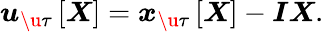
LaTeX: \boldsymbol{u}_{\u{\tau}}\left[\boldsymbol{X}\right]=\boldsymbol{x}_{\u{\tau}}\left[\boldsymbol{X}\right]-\boldsymbol{I}\boldsymbol{X}.